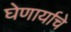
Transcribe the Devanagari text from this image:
घेणार्याचे